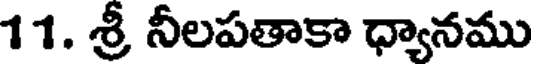
11. శ్రీ నీలపతాకా ధ్యానము